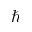
\hbar